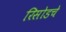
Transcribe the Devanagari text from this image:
रिसोडचे